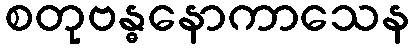
စတုဗန္ဓနောကာသေန